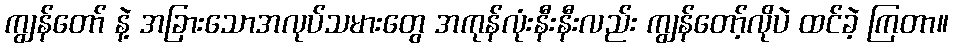
ကျွန်တော် နဲ့ အခြားသောအလုပ်သမားတွေ အကုန်လုံးနီးနီးလည်း ကျွန်တော့်လိုပဲ ထင်ခဲ့ ကြတာ။